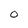
Character: O